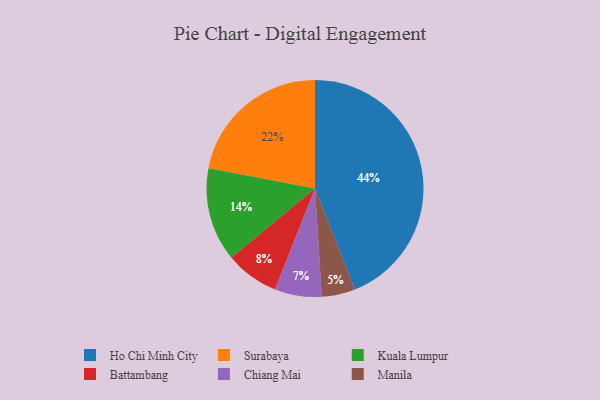
{"axis": {"x": "Category", "y": "Percentage"}, "legend": ["Battambang", "Chiang Mai", "Ho Chi Minh City", "Kuala Lumpur", "Manila", "Surabaya"], "data": [{"x": "Manila", "y": 5, "type": "Manila"}, {"x": "Surabaya", "y": 22, "type": "Surabaya"}, {"x": "Ho Chi Minh City", "y": 44, "type": "Ho Chi Minh City"}, {"x": "Kuala Lumpur", "y": 14, "type": "Kuala Lumpur"}, {"x": "Chiang Mai", "y": 7, "type": "Chiang Mai"}, {"x": "Battambang", "y": 8, "type": "Battambang"}]}